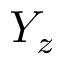
Y _ { z }